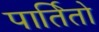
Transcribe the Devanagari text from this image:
पार्तितो